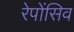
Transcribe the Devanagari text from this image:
रेपोंसिव